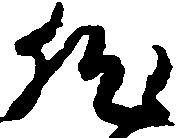
然